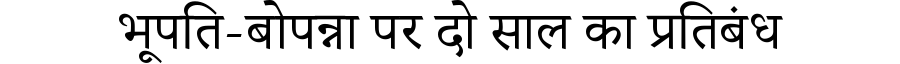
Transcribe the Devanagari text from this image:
भूपति-बोपन्ना पर दो साल का प्रतिबंध